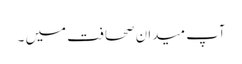
آپ میدانِ صحافت میں ۔